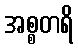
အစ္စတရိ